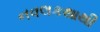
નવલકથાથી